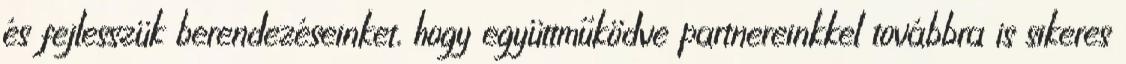
és fejlesszük berendezéseinket, hogy együttműködve partnereinkkel továbbra is sikeres